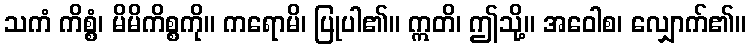
သကံ ကိစ္စံ၊ မိမိကိစ္စကို။ ကရောမိ၊ ပြုပါ၏။ ဣတိ၊ ဤသို့။ အဝေါစ၊ လျှောက်၏။